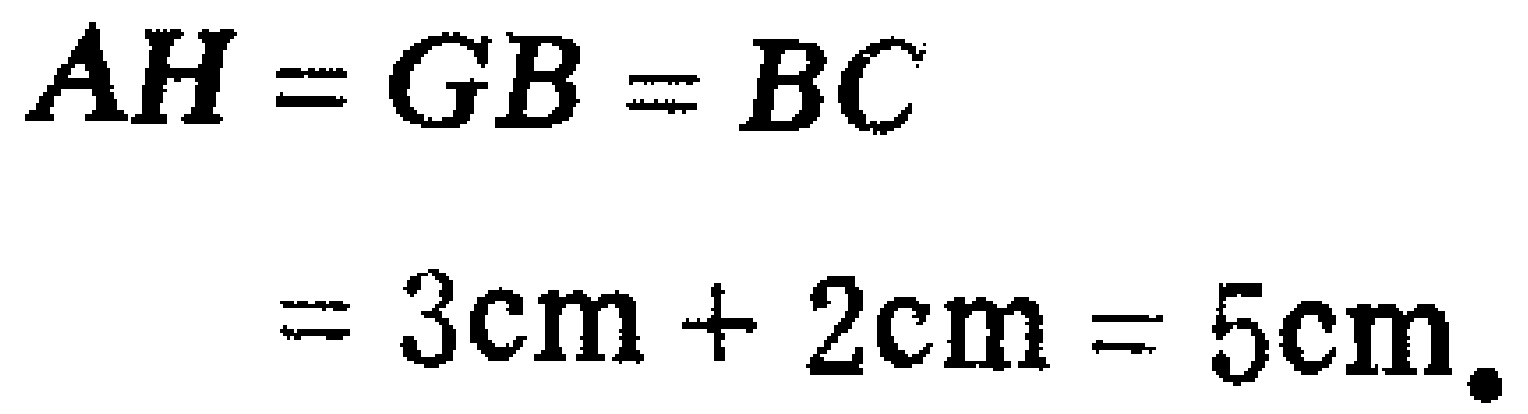
\[
\begin{align*}
AH = GB = BC\\
= 3\text{cm} + 2\text{cm} = 5\text{cm}.
\end{align*}
\]